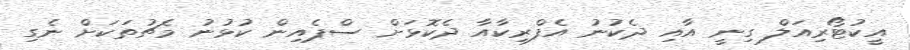
އީކުޓޯރިއަލް ގިނީ އާއި ދެކުނު އެފްރިކާއާ ދެކޮޅަށް ސްޕެއިން ކުޅުނު މެޗުތަކަށް ނެގި